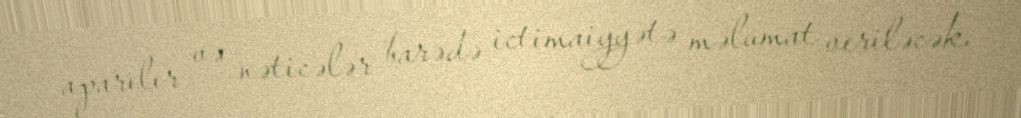
aparılır və nəticələr barədə ictimaiyyətə məlumat veriləcək.